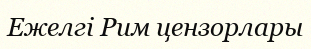
Ежелгі Рим цензорлары